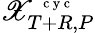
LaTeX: \mathscr X_{T+R,P}^{\mathrm{~\scriptsize~c~y~c~}}